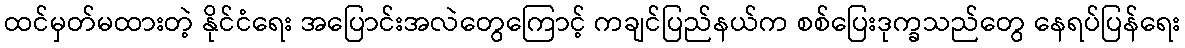
ထင်မှတ်မထားတဲ့ နိုင်ငံရေး အပြောင်းအလဲတွေကြောင့် ကချင်ပြည်နယ်က စစ်ပြေးဒုက္ခသည်တွေ နေရပ်ပြန်ရေး